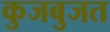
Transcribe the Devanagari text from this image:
कुजबुजत